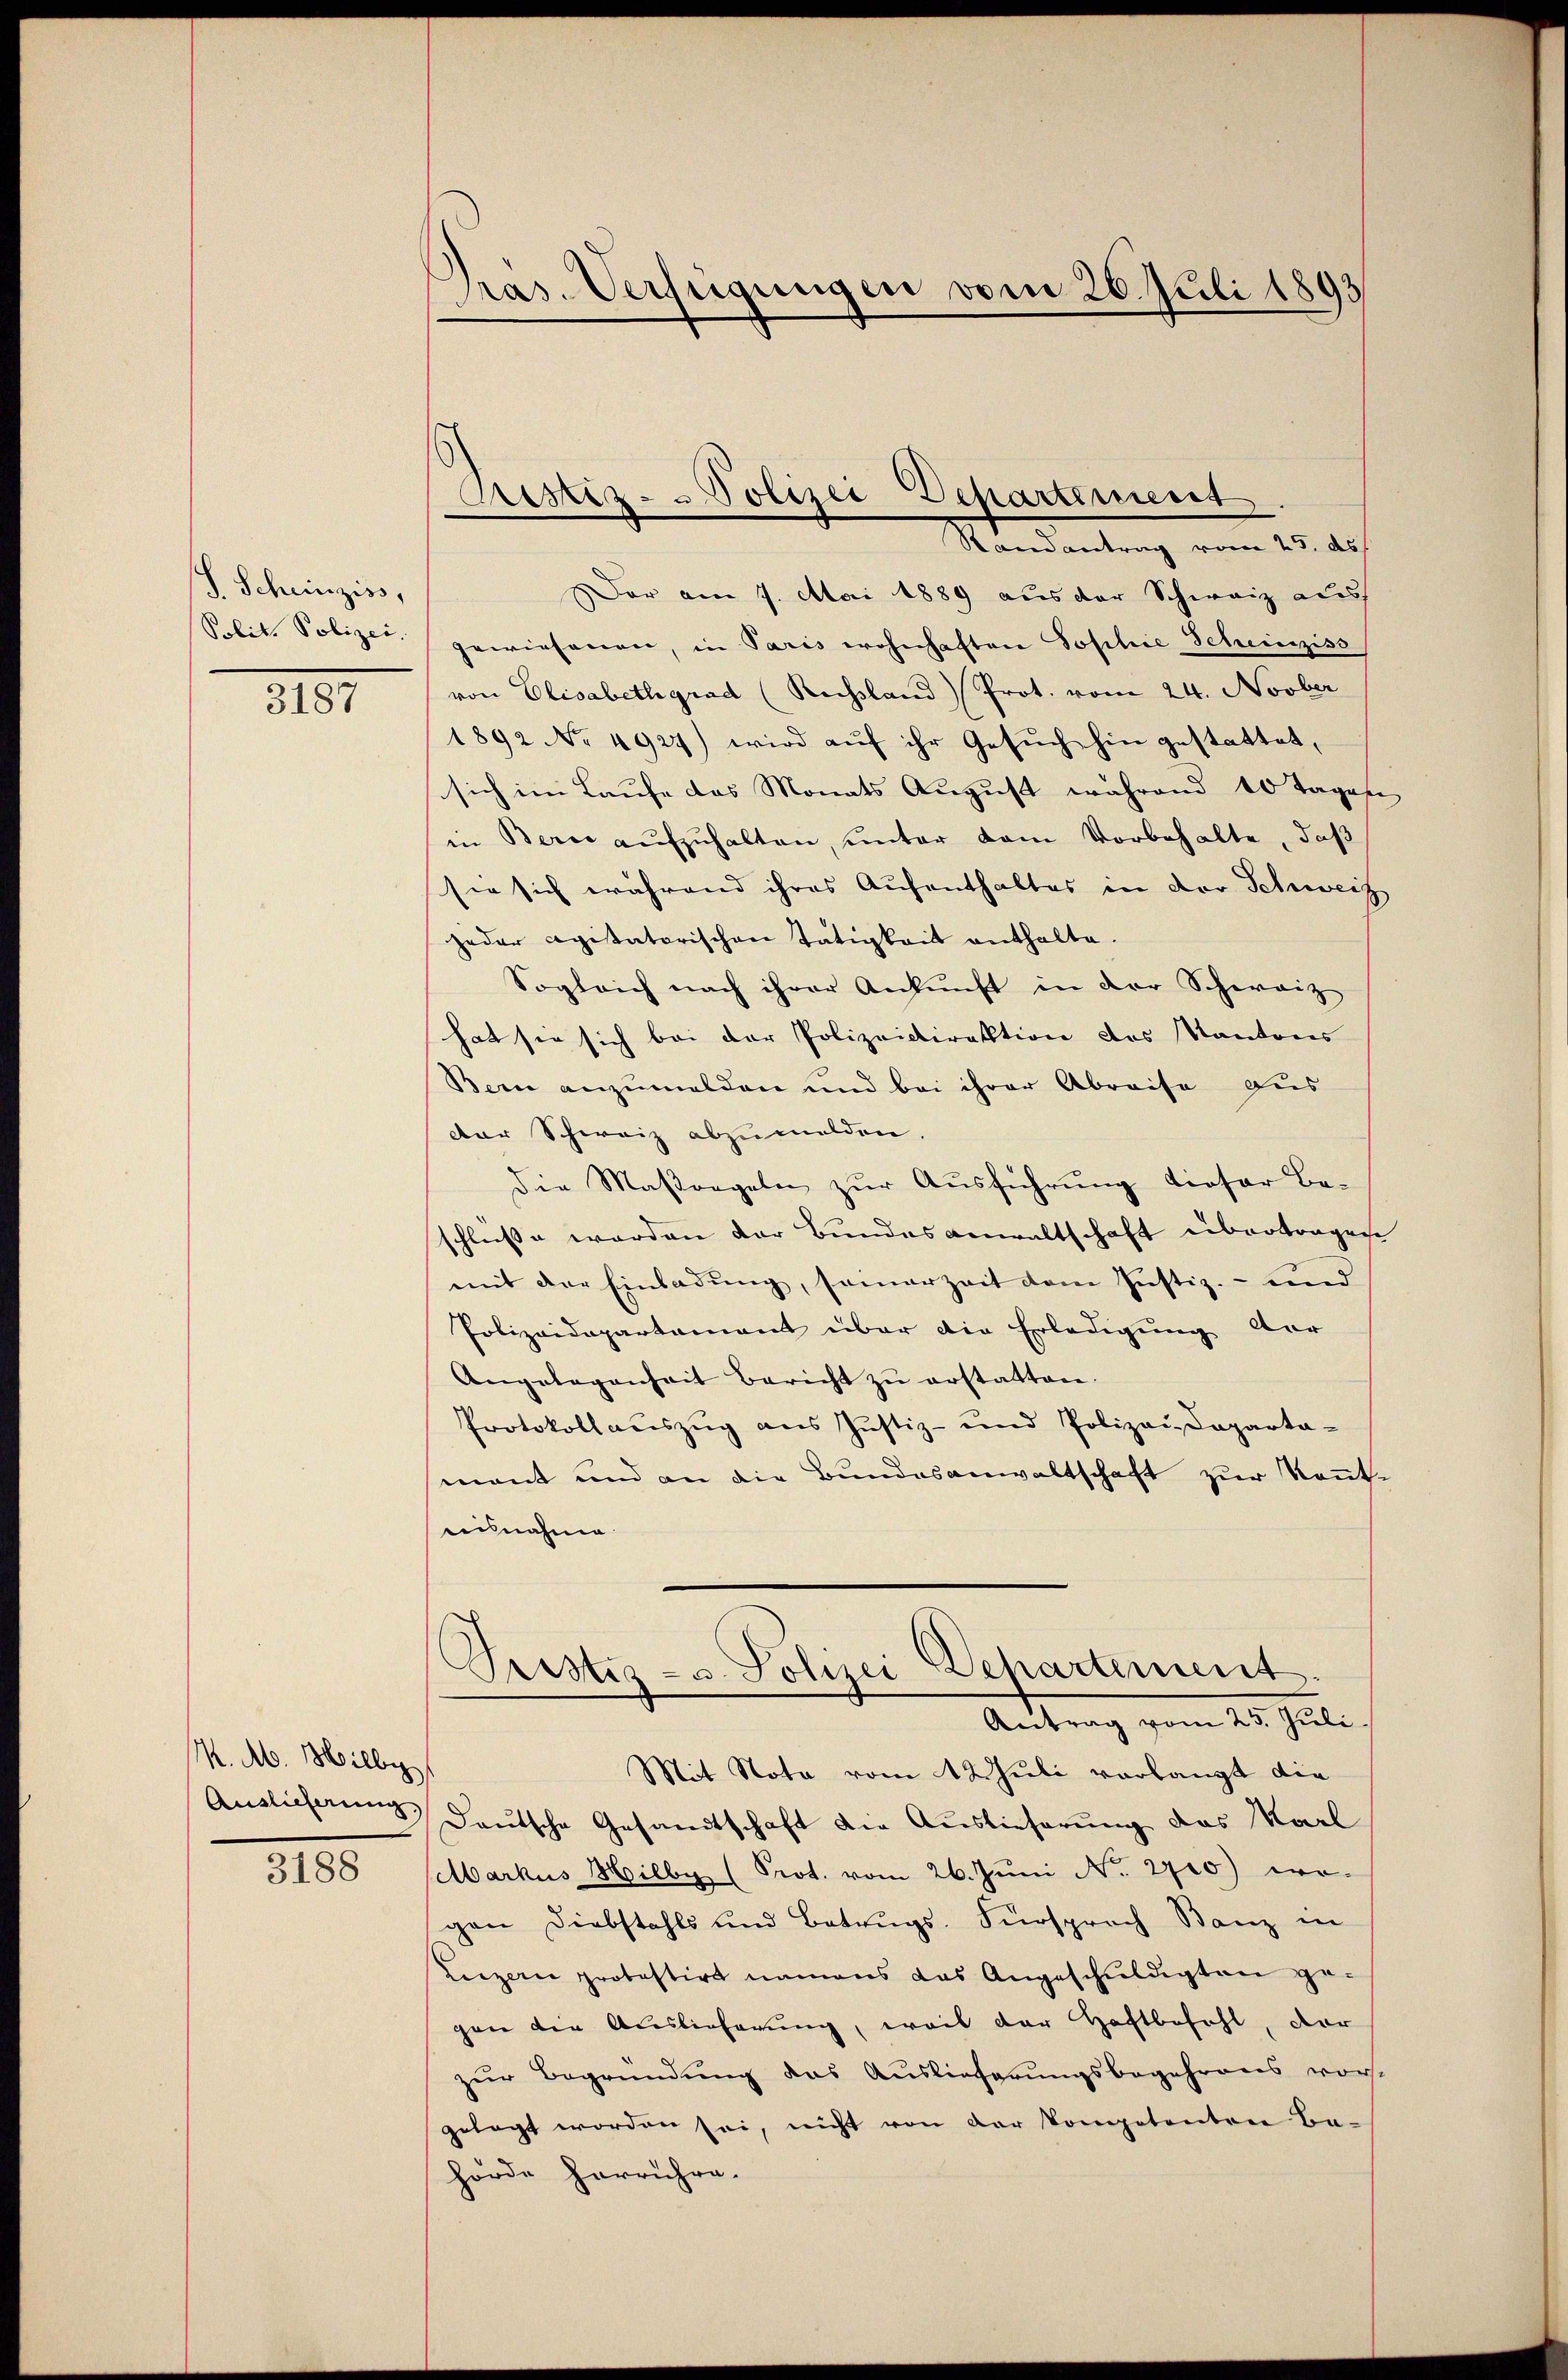
S. Scheinziss,
Solit. Polizei.

3187

M. M. Hilly
Auslieferung

3188

Präs. Verfügungen vom 26. Juli 1893

Prestiz - Polizei Departement
Mandantung vom 15. des

Der am 7. Mai 1889 aus der Schweiz aus
gewiesenen, in Paris wohnhaften Sophie Scheinziss
von Elisabethgrad (Rechsland) Prot. vom 24. Novber
1892 No 4924) wird aŭf ihr Gesŭch hin gestattet,
sich im Laufe das Monats August während 10 Tagen
in Bern aŭfzŭhalten, ŭnter dem Vorbehalte, daß
sie sich während ihres Aufenthaltes in der Schweiz
jeder agitatorischen Tätigkeit enthalte.
Sogleich nach ihrer Ankŭnft in der Schweiz
hat sie sich bei der Polizeidirektion des Kantons
Bern anzumelden und bei ihrer Abreise aus
der Schweiz abzumelden.
die Maßregeln zŭr Aŭsführŭng dieser Be-
schluße werden der Bundes Anwaltschaft übertragen
mit der Einladung, samerzeit dem Justiz- und
Polizeidepartament über die Erledigung dar
Angelegenheit Bericht zŭ erstatten.
Protokollaŭszŭg ans Justiz- und Polizeideparta-
mant und an die Bundesanwaltschaft zur Kenntveilnahme
Pristis- u. Polizei Departement.
Antrag vom 25. Juli.
Mit Nota vom 12 Juli verlangt die
Deutsche Gesandtschaft die Auslieferung des Karl
Markus Hilby (Prot. vom 26. Jŭni No. 2710) wo-
gen Diebstahls und Betrŭgs-Fürsprach Banz in
Luzern protestirt namens das Angeschŭldigten ge-
gen die Auslieferung, weil der Haftbefehl, der
zŭr Begründung das Auslieferungsbegehrens vor-
gelegt worden sei, nicht von der kompetenten Ba-
hörde herrühre.